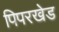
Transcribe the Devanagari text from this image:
पिपरखेड